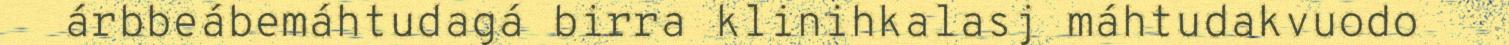
árbbeábemáhtudagá birra klinihkalasj máhtudakvuodo